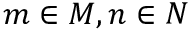
m \in M , n \in N